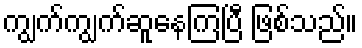
ကျွက်ကျွက်ဆူနေကြပြီ ဖြစ်သည်။